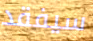
سيفقد